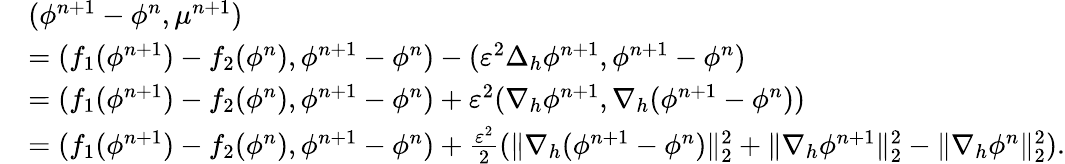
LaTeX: \begin{array}{rl}&{(\phi^{n+1}-\phi^{n},\mu^{n+1})}\\ &{=(f_{1}(\phi^{n+1})-f_{2}(\phi^{n}),\phi^{n+1}-\phi^{n})-(\varepsilon^{2}\Delta_{h}\phi^{n+1},\phi^{n+1}-\phi^{n})}\\ &{=(f_{1}(\phi^{n+1})-f_{2}(\phi^{n}),\phi^{n+1}-\phi^{n})+\varepsilon^{2}(\nabla_{h}\phi^{n+1},\nabla_{h}(\phi^{n+1}-\phi^{n}))}\\ &{=(f_{1}(\phi^{n+1})-f_{2}(\phi^{n}),\phi^{n+1}-\phi^{n})+\frac{\varepsilon^{2}}{2}(\| \nabla_{h}(\phi^{n+1}-\phi^{n})\| _{2}^{2}+\| \nabla_{h}\phi^{n+1}\| _{2}^{2}-\| \nabla_{h}\phi^{n}\| _{2}^{2}).}\end{array}